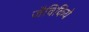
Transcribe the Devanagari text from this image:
जैविकिये